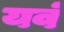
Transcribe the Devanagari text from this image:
यवं